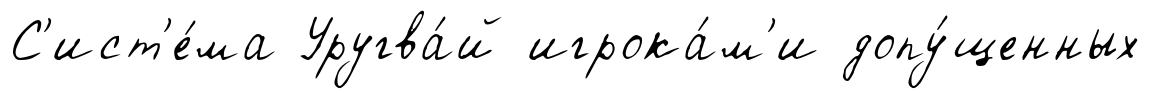
С'ист'е́ма Уругва́й игрока́м'и допу́щенных